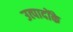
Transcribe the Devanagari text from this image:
उत्पादोंके